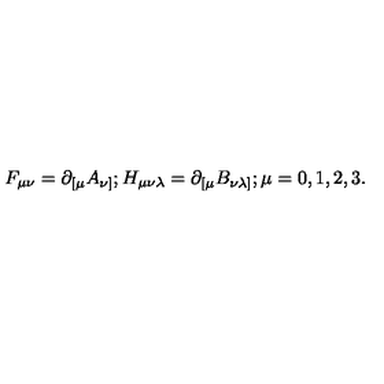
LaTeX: F _ { \mu \nu } = \partial _ { [ \mu } A _ { \nu ] } ; H _ { \mu \nu \lambda } = \partial _ { [ \mu } B _ { \nu \lambda ] } ; \mu = 0 , 1 , 2 , 3 .